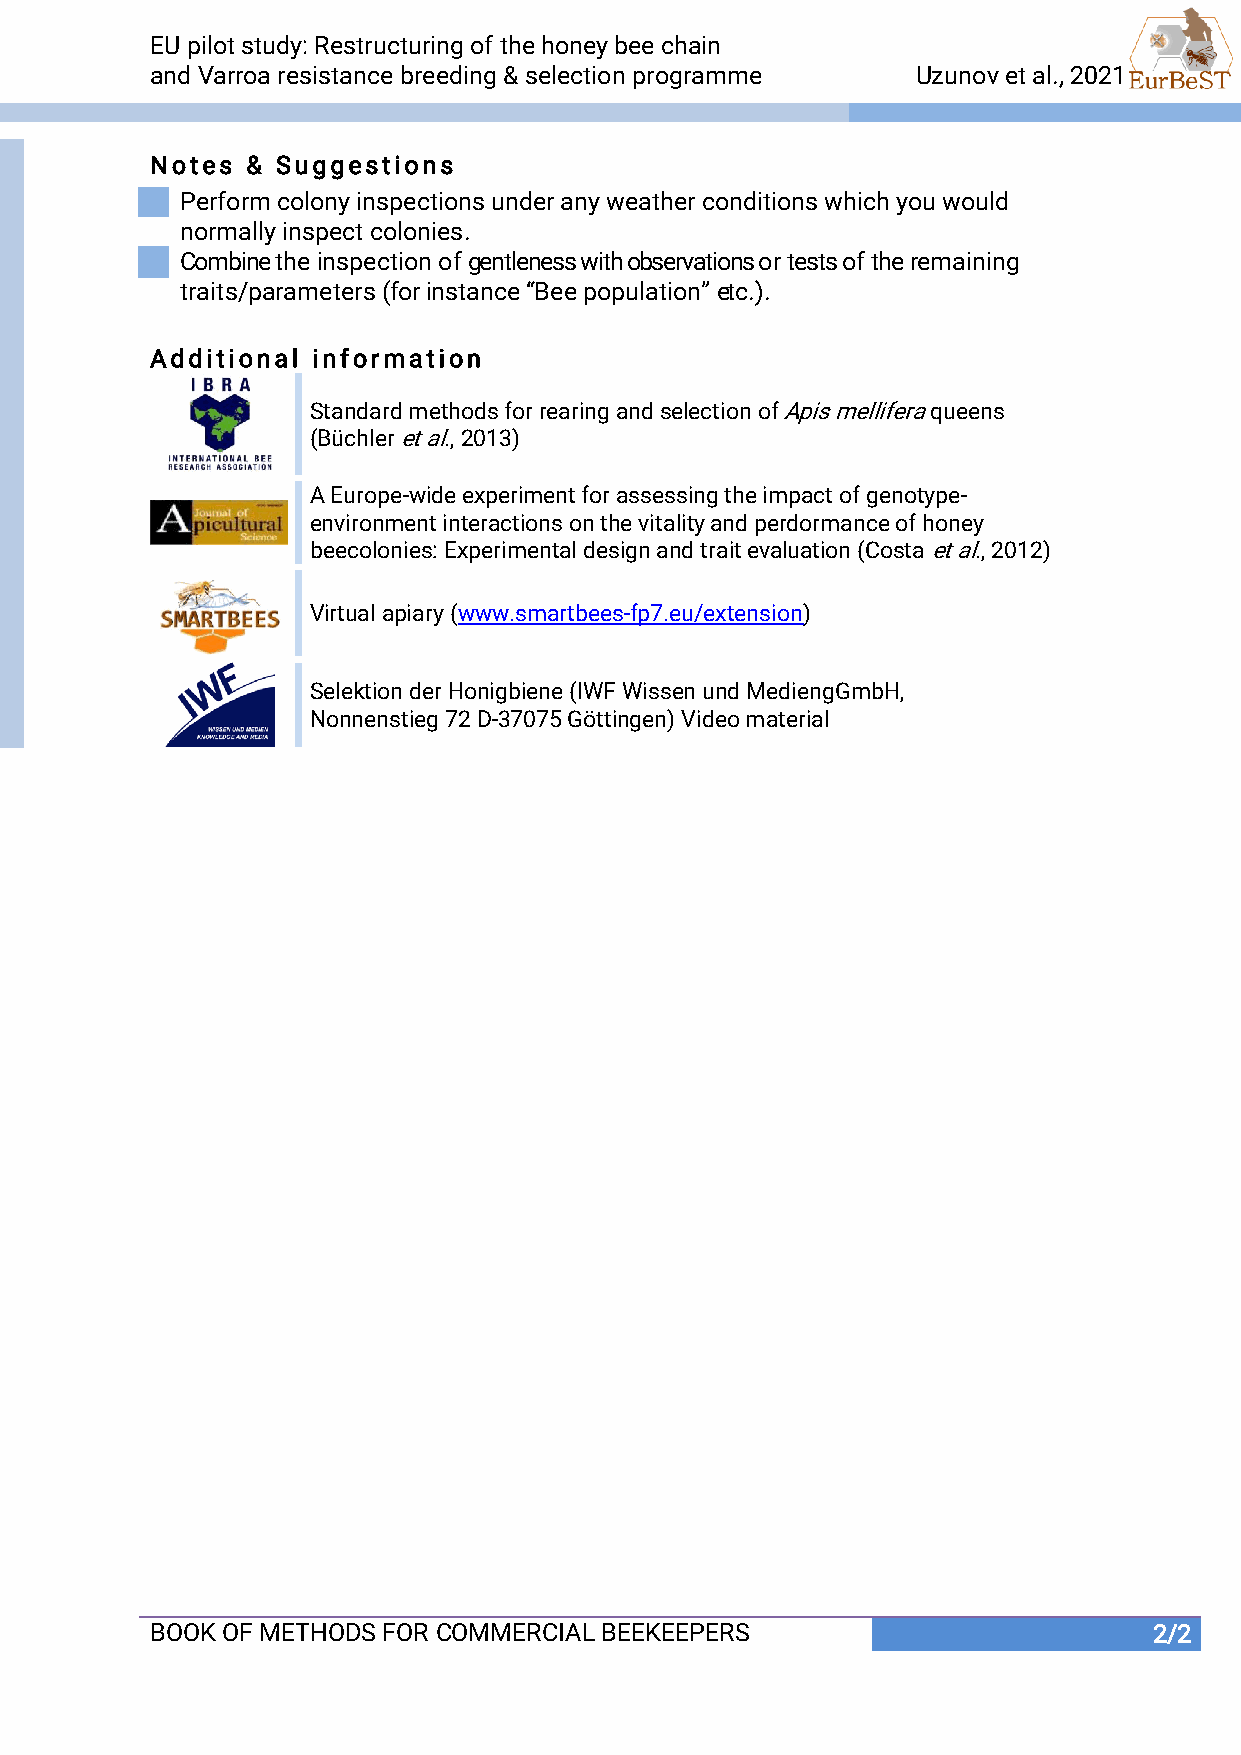
EU pilot study: Restructuring of the honey bee chain
 and Varroa resistance breeding & selection programme Uzunov et al., 2021
 Notes & Suggestions
 Perform colony inspections under any weather conditions which you would
 normally inspect colonies.
 Combine the inspection of gentleness with observations or tests of the remaining
 traits/parameters (for instance “Bee population” etc.).
 Additional information
 Standard methods for rearing and selection of Apis mellifera queens
 (Büchler et al., 2013)
 A Europe-wide experiment for assessing the impact of genotype-
 environment interactions on the vitality and perdormance of honey
 beecolonies: Experimental design and trait evaluation (Costa et al., 2012)
 Virtual apiary (www.smartbees-fp7.eu/extension)
 Selektion der Honigbiene (IWF Wissen und MediengGmbH,
 Nonnenstieg 72 D-37075 Göttingen) Video material
 BOOK OF METHODS FOR COMMERCIAL BEEKEEPERS                         2/2